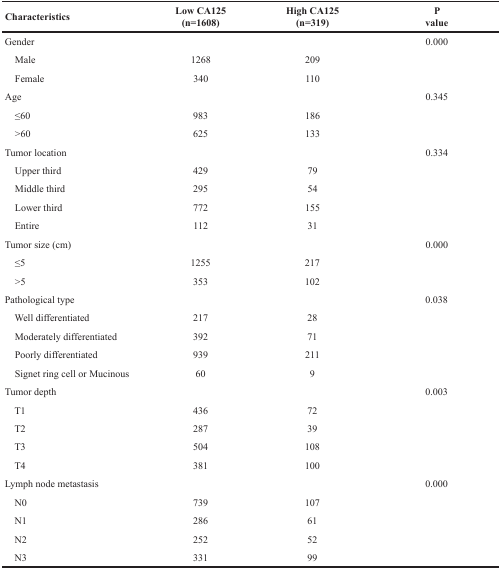
<table><thead><tr><td><b>Characteristics</b></td><td><b>Low CA125 (n=1608)</b></td><td><b>High CA125 (n=319)</b></td><td><b>P value</b></td></tr></thead><tbody><tr><td>Gender</td><td></td><td></td><td>0.000</td></tr><tr><td> Male</td><td>1268</td><td>209</td><td></td></tr><tr><td> Female</td><td>340</td><td>110</td><td></td></tr><tr><td>Age</td><td></td><td></td><td>0.345</td></tr><tr><td> ≤60</td><td>983</td><td>186</td><td></td></tr><tr><td> &gt;60</td><td>625</td><td>133</td><td></td></tr><tr><td>Tumor location</td><td></td><td></td><td>0.334</td></tr><tr><td> Upper third</td><td>429</td><td>79</td><td></td></tr><tr><td> Middle third</td><td>295</td><td>54</td><td></td></tr><tr><td> Lower third</td><td>772</td><td>155</td><td></td></tr><tr><td> Entire</td><td>112</td><td>31</td><td></td></tr><tr><td>Tumor size (cm)</td><td></td><td></td><td>0.000</td></tr><tr><td> ≤5</td><td>1255</td><td>217</td><td></td></tr><tr><td> &gt;5</td><td>353</td><td>102</td><td></td></tr><tr><td>Pathological type</td><td></td><td></td><td>0.038</td></tr><tr><td> Well differentiated</td><td>217</td><td>28</td><td></td></tr><tr><td> Moderately differentiated</td><td>392</td><td>71</td><td></td></tr><tr><td> Poorly differentiated</td><td>939</td><td>211</td><td></td></tr><tr><td> Signet ring cell or Mucinous</td><td>60</td><td>9</td><td></td></tr><tr><td>Tumor depth</td><td></td><td></td><td>0.003</td></tr><tr><td> T1</td><td>436</td><td>72</td><td></td></tr><tr><td> T2</td><td>287</td><td>39</td><td></td></tr><tr><td> T3</td><td>504</td><td>108</td><td></td></tr><tr><td> T4</td><td>381</td><td>100</td><td></td></tr><tr><td>Lymph node metastasis</td><td></td><td></td><td>0.000</td></tr><tr><td> N0</td><td>739</td><td>107</td><td></td></tr><tr><td> N1</td><td>286</td><td>61</td><td></td></tr><tr><td> N2</td><td>252</td><td>52</td><td></td></tr><tr><td> N3</td><td>331</td><td>99</td><td></td></tr></tbody></table>